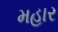
મહાર